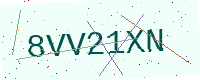
Text: 8VV21XN